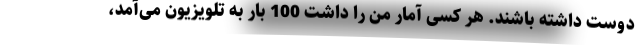
دوست داشته باشند. هر کسی آمار من را داشت 100 بار به تلویزیون می‌آمد،